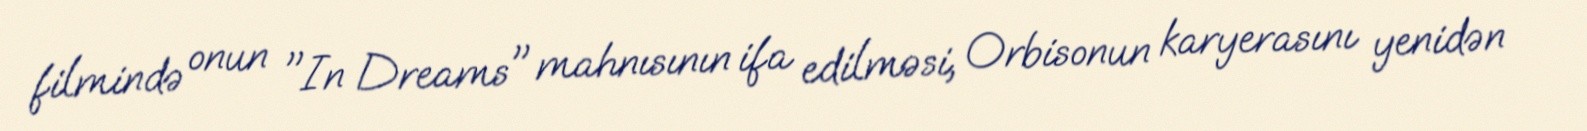
filmində onun "In Dreams" mahnısının ifa edilməsi, Orbisonun karyerasını yenidən